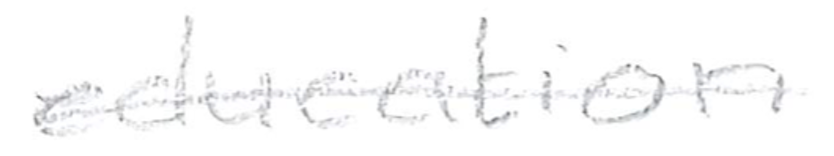
Text: education
Cross-out: mix
Writing tool: pencil